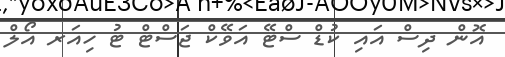
އޮން ދިސް އައި ކުޑް ސްޓޭ އަވޭކް ޖަސްޓް ޓު ހިއަރ އޯލް